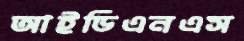
আইডিএনএস